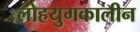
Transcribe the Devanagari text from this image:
लोहयुगकालीन